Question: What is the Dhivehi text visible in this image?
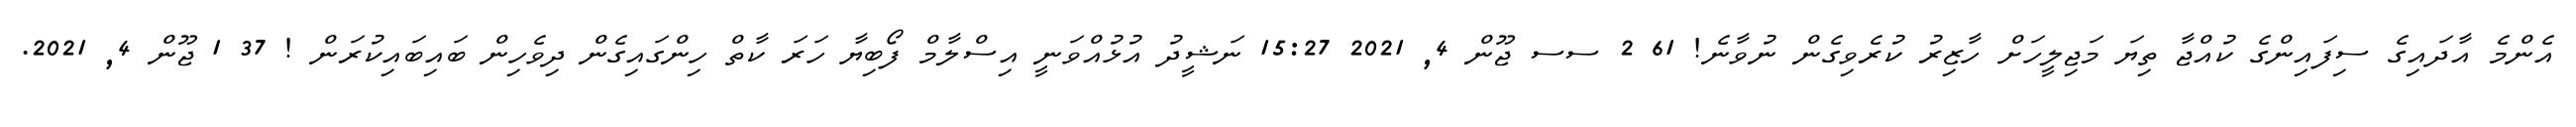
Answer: އެންމެ އާދައިގެ ސިފައިންގެ ކުއްޖާ ތިޔަ މަޖިލީހަށް ހާޒިރު ކުރެވިގެން ނުވާނެ! 61 2 ސސ ޖޫން 4, 2021 15:27 ނަޝީދު އުޅުއްވަނީ އިސްލާމް ފޯބިޔާ ހަރަ ކާތް ހިންގައިގެން ދިވެހިން ބައިބައިކުރަން ! 37 1 ޖޫން 4, 2021.